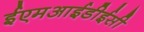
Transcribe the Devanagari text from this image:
ईएमआईडीईसी